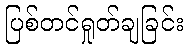
ပြစ်တင်ရှုတ်ချခြင်း